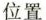
位置